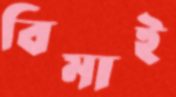
বিমাই